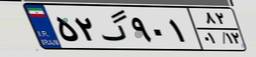
۶۹گ۰۳۱۹۰